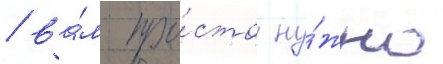
/ ва́м про́сто ну́жно